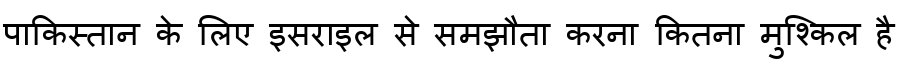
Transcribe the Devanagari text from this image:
पाकिस्तान के लिए इसराइल से समझौता करना कितना मुश्किल है